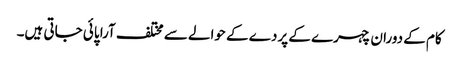
کام کے دوران چہرے کے پردے کے حوالے سے مختلف آرا پائی جاتی ہیں۔